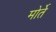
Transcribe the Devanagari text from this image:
मोर्ते